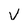
Character: v